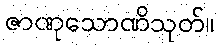
ဇာဏုသောဏိသုတ်။